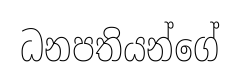
ධනපතියන්ගේ